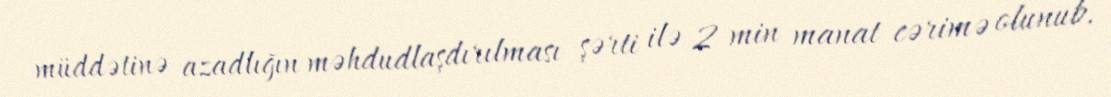
müddətinə azadlığın məhdudlaşdırılması şərti ilə 2 min manat cərimə olunub.